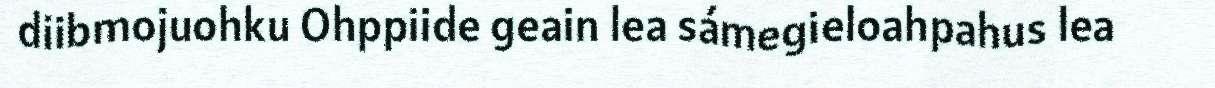
diibmojuohku Ohppiide geain lea sámegieloahpahus lea